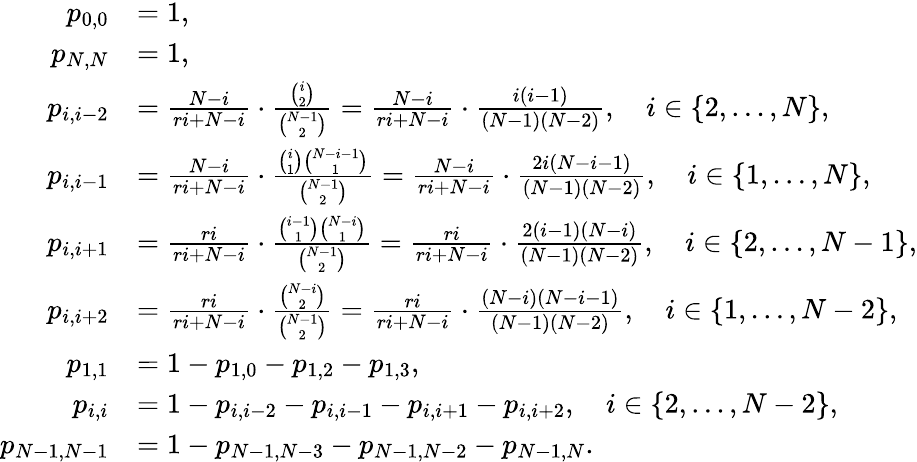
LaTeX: \begin{array}{rl}{p_{0,0}}&{=1,}\\ {p_{N,N}}&{=1,}\\ {p_{i,i-2}}&{=\frac{N-i}{ri+N-i}\cdot\frac{\binom{i}{2}}{\binom{N-1}{2}}=\frac{N-i}{ri+N-i}\cdot\frac{i(i-1)}{(N-1)(N-2)},\quad i\in\{ 2,\ldots,N\} ,}\\ {p_{i,i-1}}&{=\frac{N-i}{ri+N-i}\cdot\frac{\binom{i}{1}\binom{N-i-1}{1}}{\binom{N-1}{2}}=\frac{N-i}{ri+N-i}\cdot\frac{2i(N-i-1)}{(N-1)(N-2)},\quad i\in\{ 1,\ldots,N\} ,}\\ {p_{i,i+1}}&{=\frac{ri}{ri+N-i}\cdot\frac{\binom{i-1}{1}\binom{N-i}{1}}{\binom{N-1}{2}}=\frac{ri}{ri+N-i}\cdot\frac{2(i-1)(N-i)}{(N-1)(N-2)},\quad i\in\{ 2,\ldots,N-1\} ,}\\ {p_{i,i+2}}&{=\frac{ri}{ri+N-i}\cdot\frac{\binom{N-i}{2}}{\binom{N-1}{2}}=\frac{ri}{ri+N-i}\cdot\frac{(N-i)(N-i-1)}{(N-1)(N-2)},\quad i\in\{ 1,\ldots,N-2\} ,}\\ {p_{1,1}}&{=1-p_{1,0}-p_{1,2}-p_{1,3},}\\ {p_{i,i}}&{=1-p_{i,i-2}-p_{i,i-1}-p_{i,i+1}-p_{i,i+2},\quad i\in\{ 2,\ldots,N-2\} ,}\\ {p_{N-1,N-1}}&{=1-p_{N-1,N-3}-p_{N-1,N-2}-p_{N-1,N}.}\end{array}